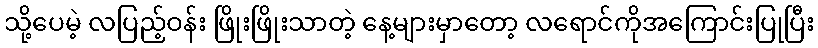
သို့ပေမဲ့ လပြည့်ဝန်း ဖြိုးဖြိုးသာတဲ့ နေ့များမှာတော့ လရောင်ကိုအကြောင်းပြုပြီး